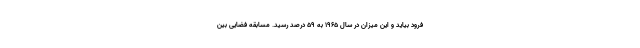
فرود بیاید و این میزان در سال 1965 به 59 درصد رسید. مسابقه فضایی بین